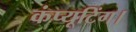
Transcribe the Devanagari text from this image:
कंप्यूटिंग।